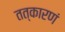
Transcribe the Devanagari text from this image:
तत्कारणं